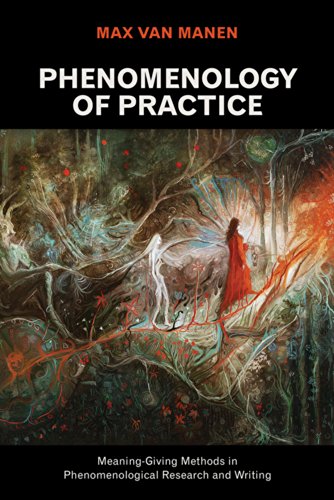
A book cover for Phenomenology of Practice: Meaning-Giving Methods in Phenomenological Research and Writing (Developing Qualitative Inquiry); Max van Manen; Politics & Social Sciences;